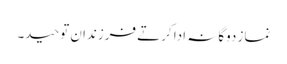
نماز دوگانہ ادا کرتے فرزندان توحید۔